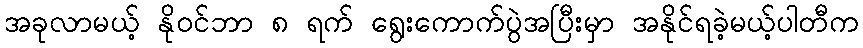
အခုလာမယ့် နိုဝင်ဘာ ၈ ရက် ရွေးကောက်ပွဲအပြီးမှာ အနိုင်ရခဲ့မယ့်ပါတီက